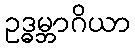
ဥဒ္ဓမ္ဘာဂိယာ